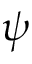
\psi